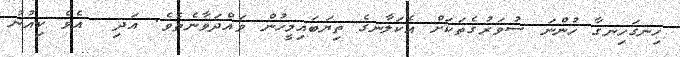
ހިނގަހިނގާ ހުންނަ ސުވަރުގެތަކަށް އެކަލާނގެ ތިޔަބައިމީހުން ވައްދަވާނެތެވެ. އަދި  އެވެ ކިއުނު